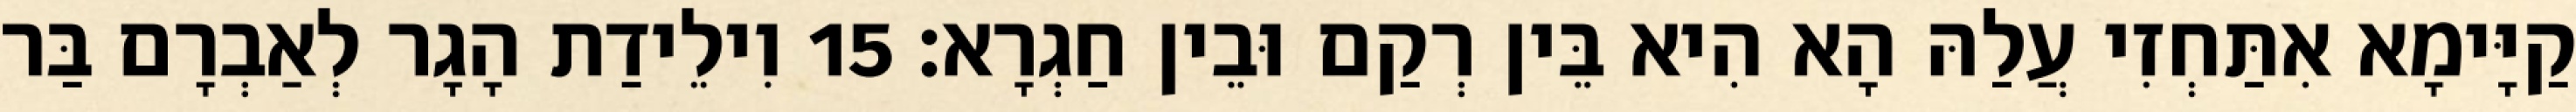
קַיָּימָא אִתַּחְזִי עֲלַהּ הָא הִיא בֵּין רְקַם וּבֵין חַגְרָא׃ 15 וִילֵידַת הָגָר לְאַבְרָם בַּר